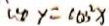
\cos y = \cos ^ { 2 } x